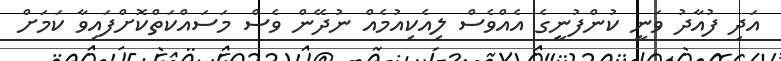
އަދި ފުއާދު ވަނީ ކުންފުނީގެ އެއްވެސް ލިއެކިއުމެއް ނުދޭން ވެސް މަސައްކަތްކޮށްފައިވާ ކަމަށް